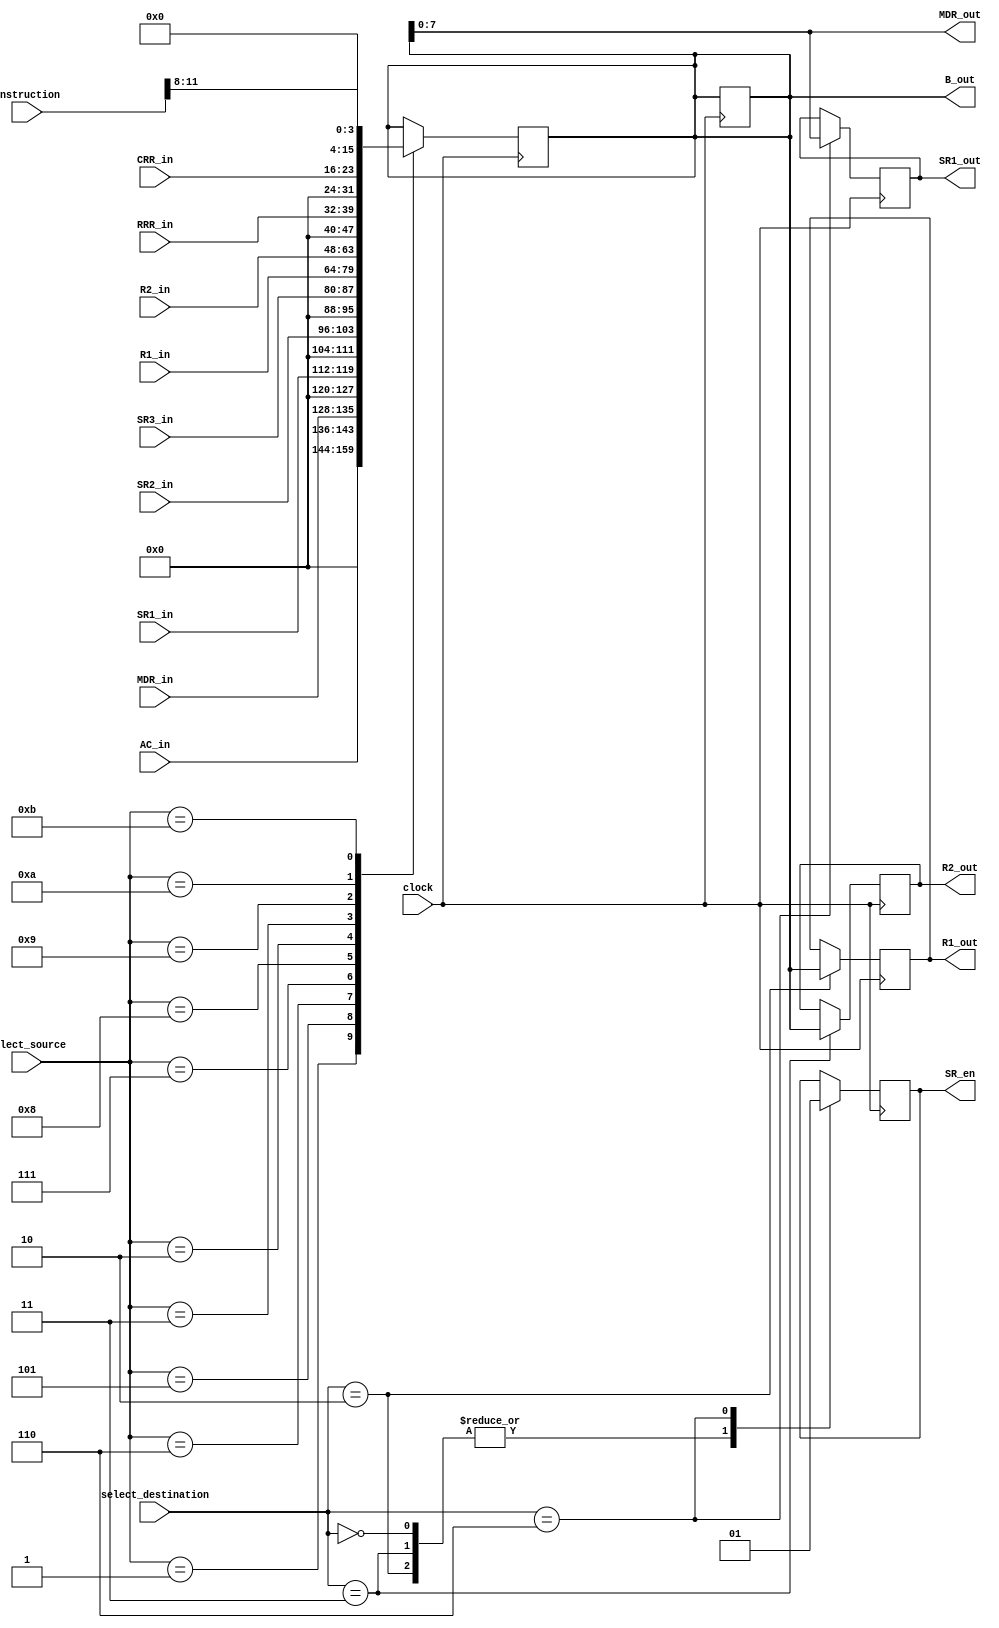
module Bus(input wire [15:0] AC_in,
		   input wire [7:0] SR1_in,
		   input wire [7:0] SR2_in,
		   input wire [7:0] SR3_in,
		   input wire [15:0] R1_in,
		   input wire [15:0] R2_in,
		   input wire [7:0] RRR_in,
		   input wire [7:0] CRR_in,
		   input wire [7:0] MDR_in,
		   input wire [3:0] select_source,
		   input wire [2:0] select_destination,
		   input wire [15:0] instruction,
		   input clock,
		   output reg [7:0] SR1_out,
		   output reg [15:0] R1_out,
		   output reg [15:0] R2_out,
		   output wire [7:0] MDR_out,
		   output wire [15:0] B_out,
		   output wire SR_en);

reg [15:0] value;
reg [3:0] multiply_divide_constant;
reg  SR_EN;
assign B_out = value;
assign MDR_out = value[7:0];
assign SR_en = SR_EN;

initial
begin
value = 16'b0000000000000111; //inital value of the Bus (B_out)
end

always@(instruction)
begin
	multiply_divide_constant <= instruction[11:8];
end

always@(posedge clock)
	begin
		case(select_source) //selecting a source for the Bus
		4'b0000:
			begin
				value <= value;
			end
		
		4'b0001:
			begin
				value <= AC_in;
			end
		
		4'b0101:
			begin
				value <= {8'b0,MDR_in};
			end
			
		4'b0110:
			begin
				value <= {8'b0,SR1_in};
			end
			
		4'b0111:
			begin
				value <= {8'b0,SR2_in};
			end
			
		4'b1000:
			begin
				value <= {8'b0,SR3_in};
			end
			
		4'b0010:
			begin
				value <= R1_in;
			end
			
		4'b0011:
			begin
				value <= R2_in;
			end
			
		4'b1001:
			begin
				value <= {8'b0,RRR_in};
			end
			
		4'b1010:
			begin
				value <= {8'b0,CRR_in};
			end
			
		4'b1011:
			begin
				value <= {12'b0,multiply_divide_constant};
			end
		
		endcase
	end
	
	
always@(negedge clock)
	begin
		case(select_destination) //selecting a destination for the Bus
		3'b000:
			begin
				value <= value;
				SR_EN <= 0;
			end
		
		3'b010:
			begin
				R1_out <= value;
				SR_EN <= 0;
			end
			
		3'b011:
			begin
				R2_out <= value;
				SR_EN <= 0;
			end
			
		3'b110:
			begin
				SR1_out <= value[7:0];
				SR_EN <= 1;
			end
					
		endcase
	end
	
endmodule